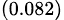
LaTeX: _{(0.082)}